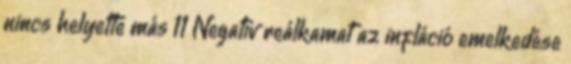
nincs helyette más 11 Negatív reálkamat az infláció emelkedése